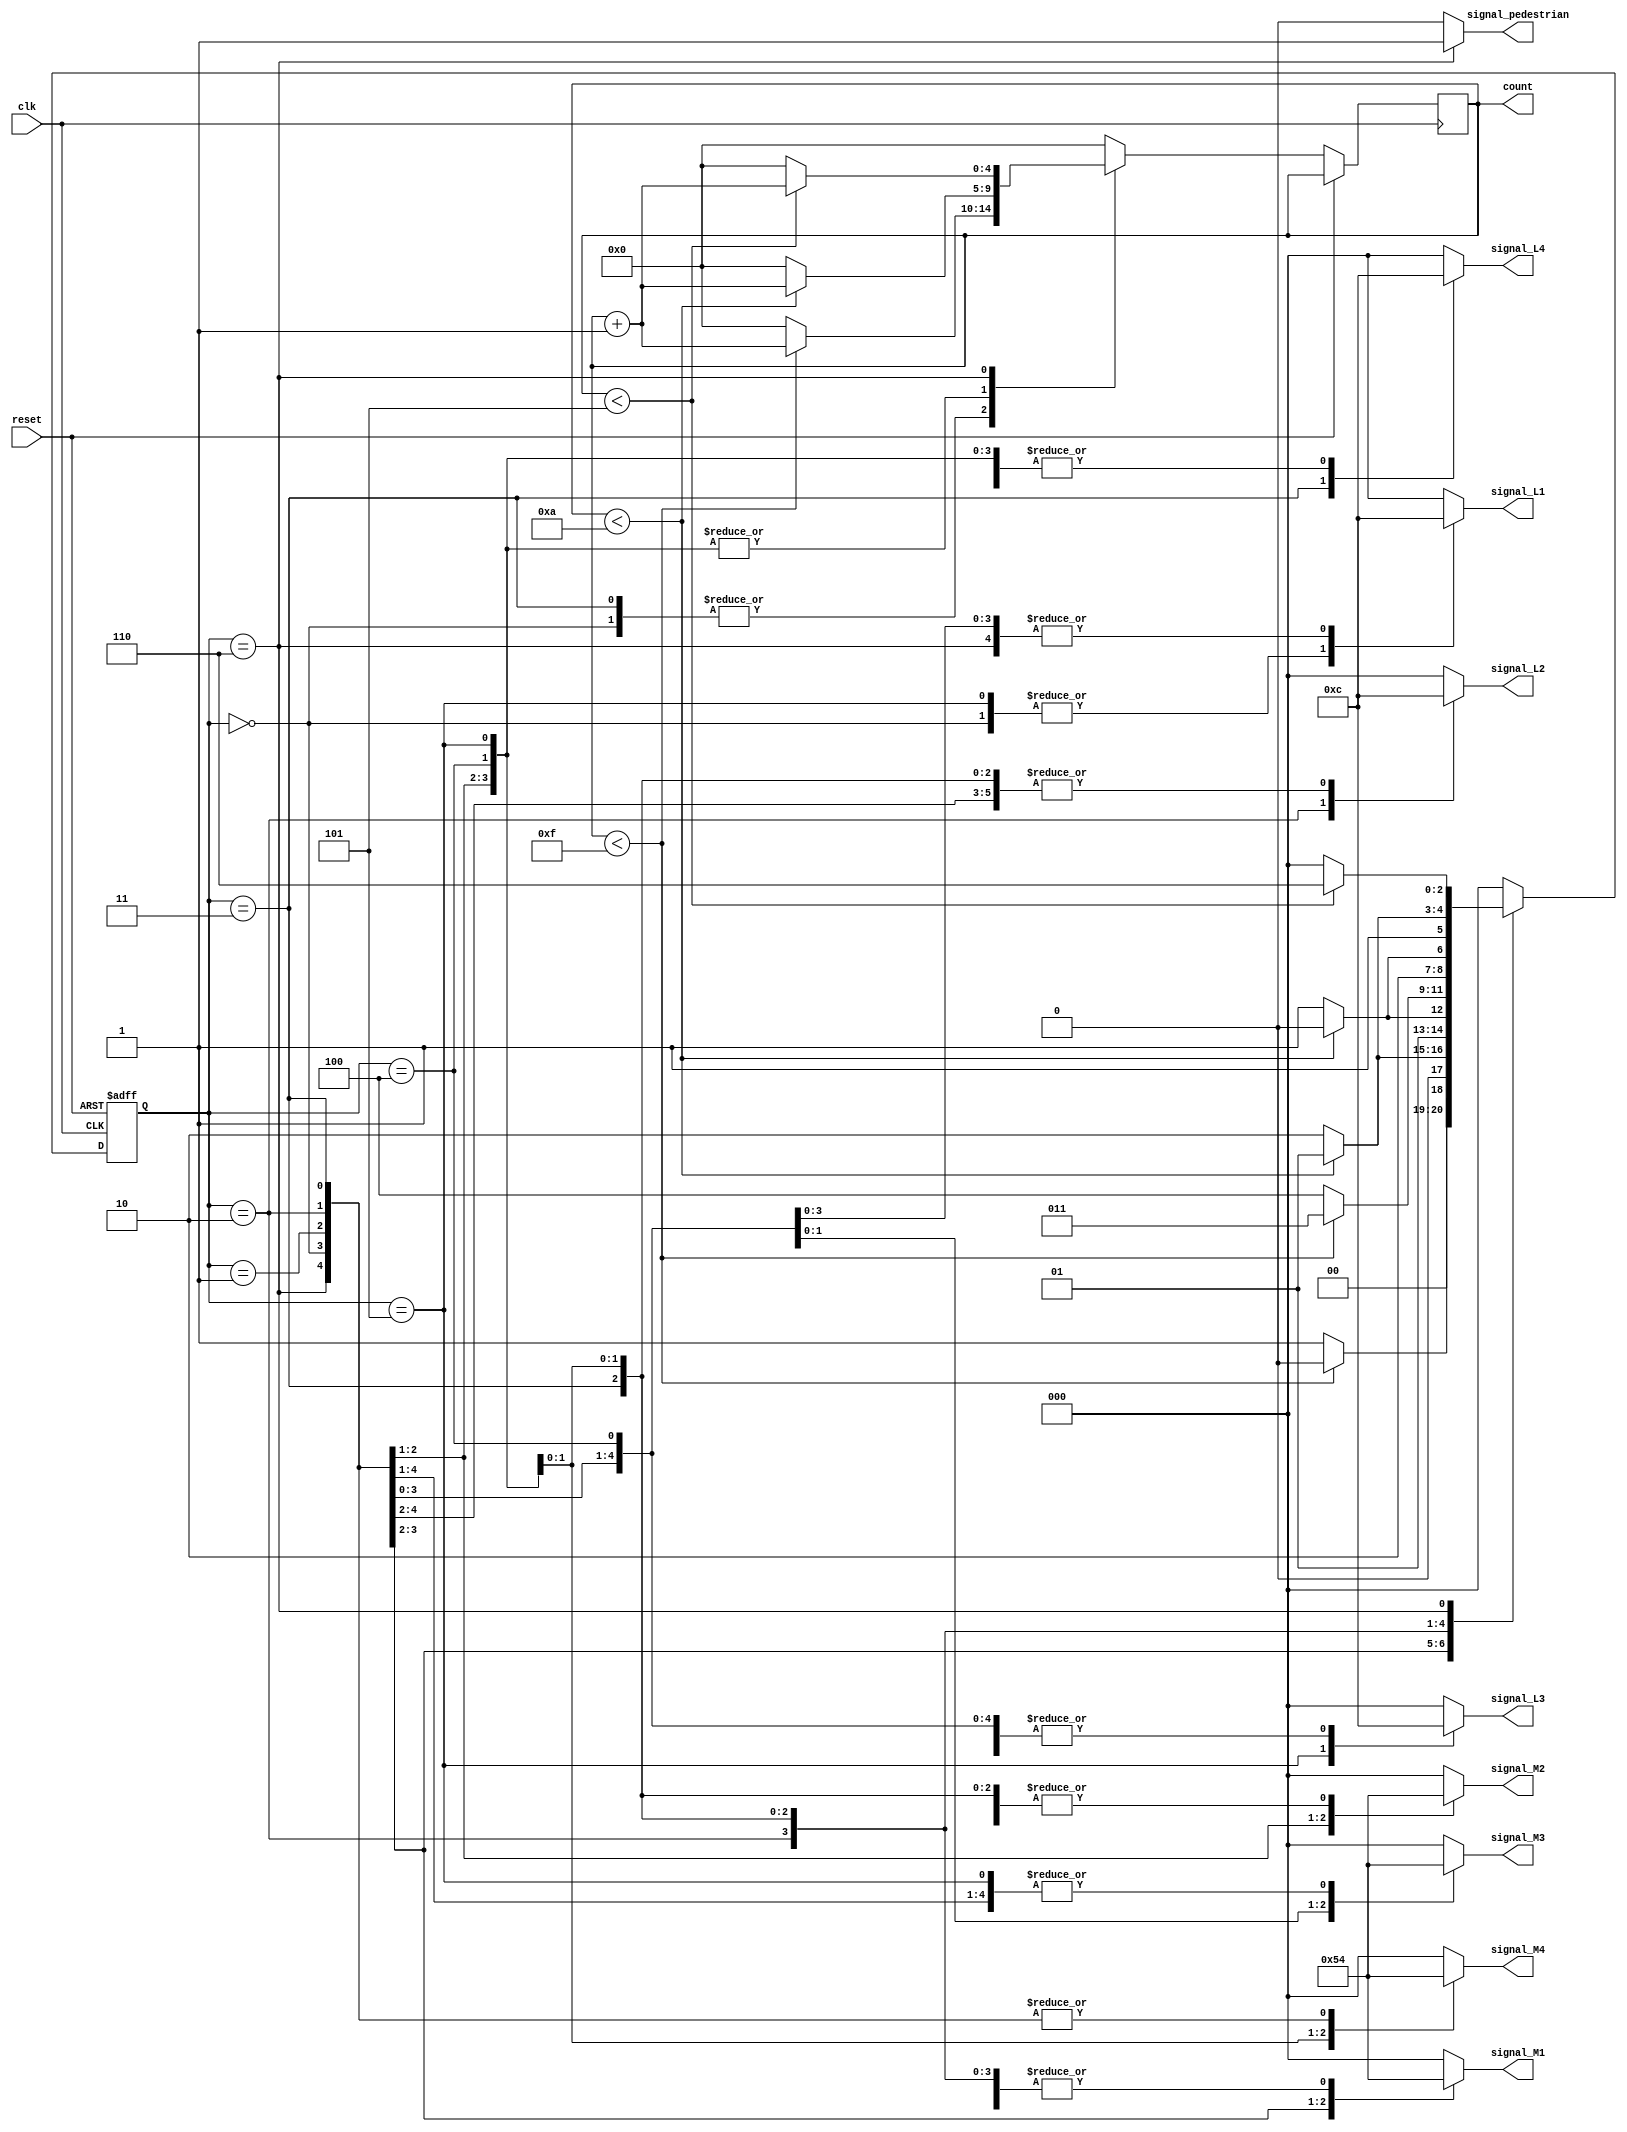
`timescale 1ns / 1ps
//////////////////////////////////////////////////////////////////////////////////
// Company: 
// Engineer: 
// 
// Design Name: 
// Module Name: traffic_signal
// Project Name: 
// Target Devices: 
// Tool Versions: 
// Description: 
// 
// Dependencies: 
// 
// Revision:
// Revision 0.01 - File Created
// Additional Comments:
// 
//////////////////////////////////////////////////////////////////////////////////

/* 4 CROSS ROAD  A, B, C, D 
       |   |
       | A |
_ _ _ _|   |_ _ _ _    
_ _C _ _    _ D_ _ _       
       |   |
       | B |
       |   |
             */
module traffic_signal(clk,reset,count,signal_M1,signal_M2,signal_M3,signal_M4,signal_L1,signal_L2,signal_L3,signal_L4,signal_pedestrian);
input clk,reset;
output [4:0]count;
// 3 - BITS REPRESENT RED , YELLOW , GREEN
output reg [2:0]signal_M1;   // STRAIGHT A TO B AND LEFT A TO D
output reg [2:0]signal_M2;   // STRAIGHT B TO A AND LEFT B TO C
output reg [2:0]signal_M3;   // STRAIGHT C TO D AND LEFT C TO A
output reg [2:0]signal_M4;   // STRAIGHT D TO C AND LEFT D TO B
output reg [2:0]signal_L1;   // RIGHT A TO C
output reg [2:0]signal_L2;   // RIGHT B TO D
output reg [2:0]signal_L3;   // RIGHT D TO A
output reg [2:0]signal_L4;   // RIGHT C TO B
output reg signal_pedestrian;// WALK STOP

parameter S1 = 3'd0,S2 =3'd1,S3 = 3'd2,S4 =3'd3,S5 =3'd4,S6 =3'd5,S7 =3'd6,S8=3'd7;
reg [4:0]count;
parameter t1=15,t2=10,t3=5;
reg [2:0]p_state;

always @(posedge clk or posedge reset)
begin
if(reset==1)
begin p_state <= S1; end
else
case(p_state)
S1 :if(count<t1)
     begin 
     p_state <= S1;
     count <=count+1;
     end
     else
     begin
      p_state <= S2;
     count <=0;
     end
     
S2 :if(count<t2)
     begin 
     p_state <= S2;
     count <=count+1;
     end
     else
     begin
      p_state <= S3;
     count <=0;
     end
S3 :if(count<t2)
     begin 
     p_state <= S3;
     count <=count+1;
     end
     else
     begin
      p_state <= S4;
     count <=0;
     end
S4 :if(count<t1)
     begin 
     p_state <= S4;
     count <=count+1;
     end
     else
     begin
      p_state <= S5;
     count <=0;
     end
S5 :if(count<t2)
     begin 
     p_state <= S5;
     count <=count+1;
     end
     else
     begin
      p_state <= S6;
     count <=0;
     end
S6 :if(count<t2)
     begin 
     p_state <= S6;
     count <=count+1;
     end
     else
     begin
      p_state <= S7;
     count <=0;
     end     
S7 :if(count<t3)
     begin 
     p_state <= S7;
     count <=count+1;
     end
     else
     begin
      p_state <= S1;
     count <=0;
     end
  default : begin p_state = S1;  count =0; end
 endcase
 end
 always @(p_state)
 begin
 case (p_state)
 S1: begin
     signal_M1= 3'b001;
     signal_M2= 3'b100;
     signal_M3= 3'b100;
     signal_M4= 3'b100;
     signal_L1= 3'b001;
     signal_L2= 3'b100;
     signal_L3= 3'b100;
     signal_L4= 3'b100;
     signal_pedestrian= 3'b100;
     end
 S2: begin
     signal_M1= 3'b010;
     signal_M2= 3'b001;
     signal_M3= 3'b100;
     signal_M4= 3'b100;
     signal_L1= 3'b100;
     signal_L2= 3'b100;
     signal_L3= 3'b100;
     signal_L4= 3'b100;
     signal_pedestrian= 3'b100;
     end
   S3: begin
     signal_M1= 3'b100;
     signal_M2= 3'b010;
     signal_M3= 3'b100;
     signal_M4= 3'b100;
     signal_L1= 3'b100;
     signal_L2= 3'b001;
     signal_L3= 3'b100;
     signal_L4= 3'b100;
     signal_pedestrian= 3'b100;
     end
  S4: begin
     signal_M1= 3'b100;
     signal_M2= 3'b100;
     signal_M3= 3'b001;
     signal_M4= 3'b100;
     signal_L1= 3'b100;
     signal_L2= 3'b100;
     signal_L3= 3'b100;
     signal_L4= 3'b001;
     signal_pedestrian= 3'b100;
     end
     
    S5: begin
     signal_M1= 3'b100;
     signal_M2= 3'b100;
     signal_M3= 3'b010;
     signal_M4= 3'b001;
     signal_L1= 3'b100;
     signal_L2= 3'b100;
     signal_L3= 3'b100;
     signal_L4= 3'b100;
     signal_pedestrian= 3'b100;
     end 
    S6: begin
     signal_M1= 3'b100;
     signal_M2= 3'b100;
     signal_M3= 3'b100;
     signal_M4= 3'b010;
     signal_L1= 3'b001;
     signal_L2= 3'b100;
     signal_L3= 3'b001;
     signal_L4= 3'b100;
     signal_pedestrian= 3'b100;
     end 
    S7: begin
     signal_M1= 3'b100;
     signal_M2= 3'b100;
     signal_M3= 3'b100;
     signal_M4= 3'b100;
     signal_L1= 3'b100;
     signal_L2= 3'b100;
     signal_L3= 3'b100;
     signal_L4= 3'b100;
     signal_pedestrian= 3'b001;
     end       
    default : begin
         signal_M1= 3'b000;
         signal_M2= 3'b000;
         signal_M3= 3'b000;
         signal_M4= 3'b000;
         signal_L1= 3'b000;
         signal_L2= 3'b000;
         signal_L3= 3'b000;
         signal_L4= 3'b000;
     signal_pedestrian= 3'b000; 
    end 
 endcase
 end
endmodule